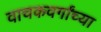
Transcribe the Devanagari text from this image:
वाचकवर्गांच्या